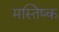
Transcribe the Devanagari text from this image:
मस्‍तिष्क